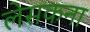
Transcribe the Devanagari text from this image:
लेसकना